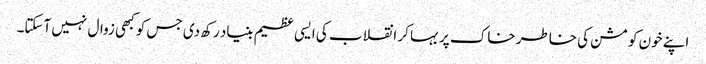
اپنے خون کو مشن کی خاطر خاک پر بہا کر انقلاب کی ایسی عظیم بنیاد رکھ دی جس کو کبھی زوال نہیں آسکتا۔